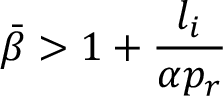
\bar { \beta } > 1 + \frac { l _ { i } } { \alpha p _ { r } }